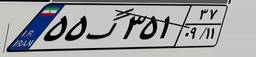
۵۵گ۳۵۱۳۷